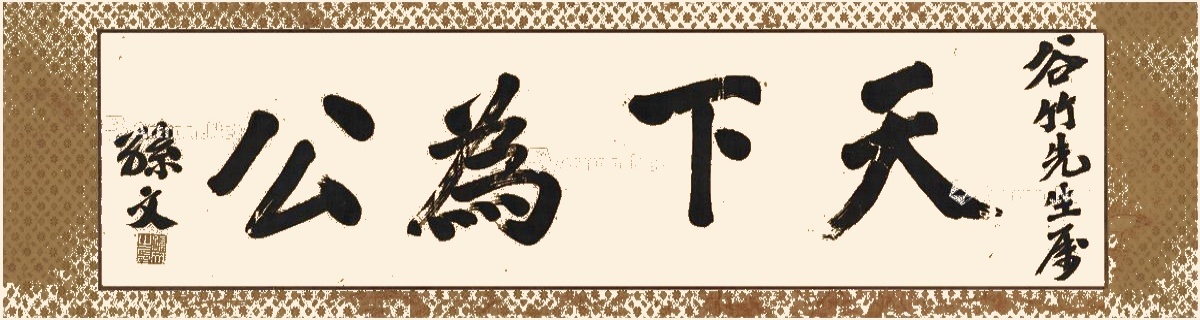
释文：天下为公。谷竹先生属，孙文。